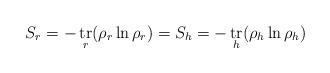
LaTeX: \begin{align*}S_r = -\mathop{\hbox{tr}}_r (\rho_{r} \ln \rho_{r}) =S_h = -\mathop{\hbox{tr}}_h (\rho_{h} \ln \rho_{h})\end{align*}